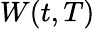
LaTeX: W(t,T)